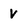
Character: v